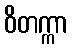
ဝိတက္ကာ